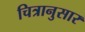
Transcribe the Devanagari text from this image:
चित्रानुसार